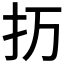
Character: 𰒽